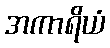
အကာရိယံ